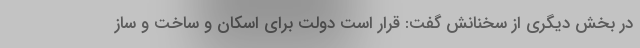
در بخش دیگری از سخنانش گفت:‌ قرار است دولت برای اسکان و ساخت و ساز